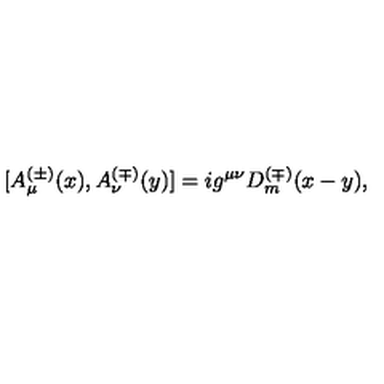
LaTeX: [ A _ { \mu } ^ { ( \pm ) } ( x ) , A _ { \nu } ^ { ( \mp ) } ( y ) ] = i g ^ { \mu \nu } D _ { m } ^ { ( \mp ) } ( x - y ) ,